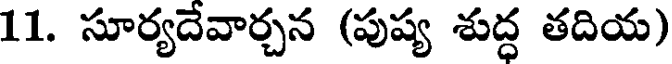
11. సూర్యదేవార్చన (పుష్య శుద్ధ తదియ)